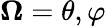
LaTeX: \mathbf{\Omega}={\theta,\varphi}